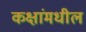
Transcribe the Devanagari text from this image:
कक्षांमधील